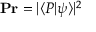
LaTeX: \mathbf { P r } = \vert \langle P \vert \psi \rangle \vert ^ { 2 }